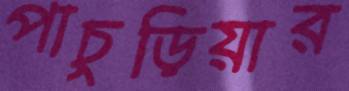
পাচুড়িয়ার